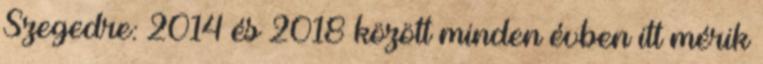
Szegedre: 2014 és 2018 között minden évben itt mérik